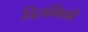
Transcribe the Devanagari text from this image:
चिरुगिको